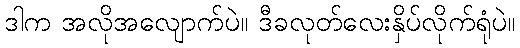
ဒါက အလိုအလျောက်ပဲ။ ဒီခလုတ်လေးနှိပ်လိုက်ရုံပဲ။